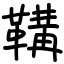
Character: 鞲